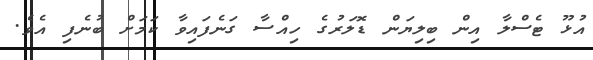
އުޅޫ ޓެސްލާ އިން ބިލިޔަން ޑޮލަރުގެ ހިއްސާ ގަނެފައިވާ ކަމަށް ބުނެފި އެވެ.